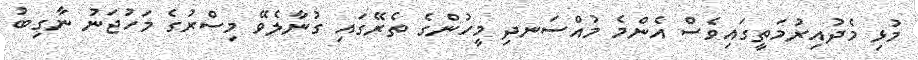
މުޅި މެދުއިރުމަތީގައިވެސް އެންމެ މުއްސަނދި މީހުންގެ ތެރޭގައި ގުނާލެވޭ މިސްރުގެ މަހުޖަނު ނާގިބު